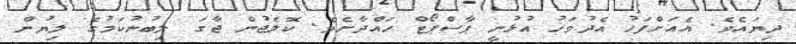
ދިޔައެވެ. އެއަށްފަހު އެދުވަހު އުޅުނީ ޕާސްޕޯޓް ހައްދާށެވެ. ކޮލެޖުން ޖާގަ ލިބުނުކަމުގެ ލިޔުން